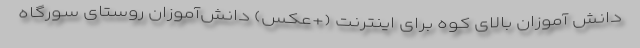
دانش آموزان بالای کوه برای اینترنت (+عکس) دانش‌آموزان روستای سورگاه